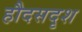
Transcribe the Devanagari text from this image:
हौदसदृश